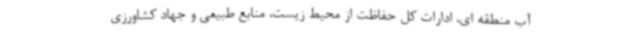
آب منطقه ای، ادارات کل حفاظت از محیط زیست، منابع طبیعی و جهاد کشاورزی